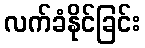
လက်ခံနိုင်ခြင်း